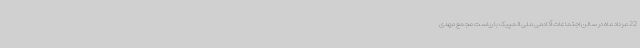
22 مرداد ماه در سالن اجتماعات آکادمی ملی المپیک با ریاست مجمع مهدی